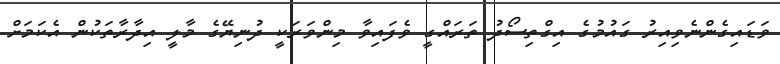
ވަޑައިގެންނެވިއިރު ގައުމުގެ އިގްތިސޯދު ތަރައްގީ ވެފައިވާ މިންވަރަކީ ދުނިޔޭގެ މާލީ އިދާރާތަކުން އެކަމަށް